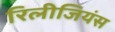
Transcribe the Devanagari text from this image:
रिलीजियंस